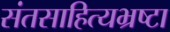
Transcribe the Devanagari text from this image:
संतसाहित्यभ्रष्टा